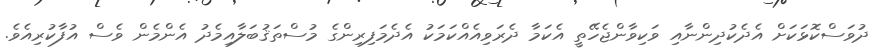
ދުވަސްކޮޅަކަށް އެދެކުދިންނާއި ވަކިވާންޖެހޭތީ އެކަމާ ދެރަވިއެއްކަމަކު އެދެމަފިރިންގެ މުސްތަޤުބަލާއިމެދު އެންމެން ވެސް އުފާކުރިއެވެ.